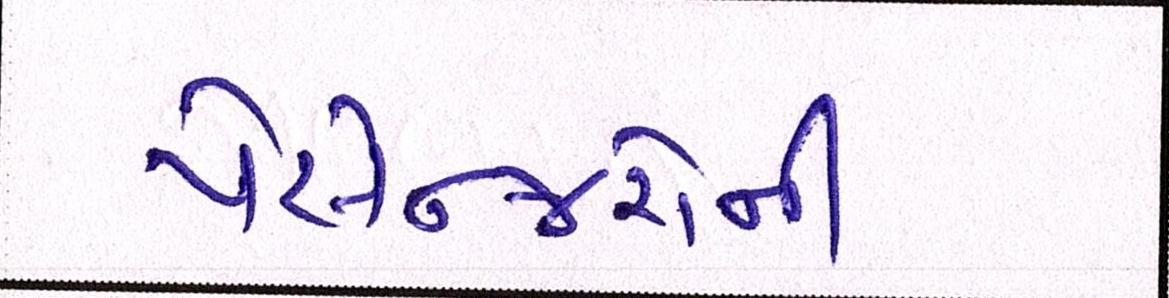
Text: પેસેન્જરોની